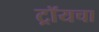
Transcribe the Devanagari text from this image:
ट्रॉयचा